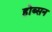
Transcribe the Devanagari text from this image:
होब्सन